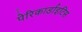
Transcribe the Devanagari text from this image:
पेरिकार्डाइटिस